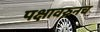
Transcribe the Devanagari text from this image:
पक्षावरुनच